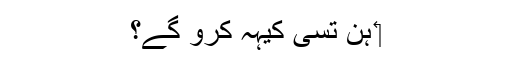
‏ ہُن تُسی کیہہ کرو گے؟